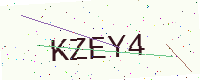
Text: KZEY4